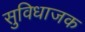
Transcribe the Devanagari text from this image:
सुविधाजक